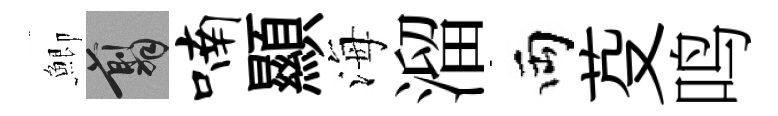
鯽翦喃顯海溜両芟鸣